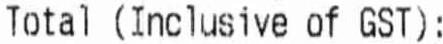
TOTAL (INCLUSIVE OF GST):